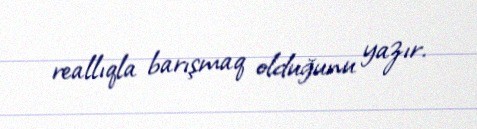
reallıqla barışmaq olduğunu yazır.